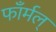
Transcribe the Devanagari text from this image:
फाँर्मल्